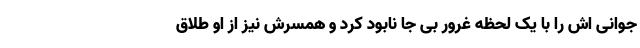
جوانی اش را با یک لحظه غرور بی جا نابود کرد و همسرش نیز از او طلاق